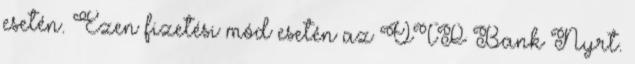
esetén. Ezen fizetési mód esetén az OTP Bank Nyrt.